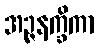
အဉ္ဇနက္ခိကာ